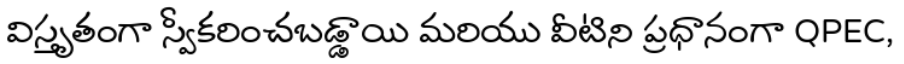
విస్తృతంగా స్వీకరించబడ్డాయి మరియు వీటిని ప్రధానంగా QPEC,